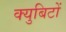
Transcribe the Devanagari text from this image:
क्युबिटों